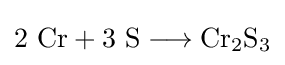
\mathrm {2\ Cr+3\ S\longrightarrow Cr_{2}S_{3}}